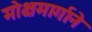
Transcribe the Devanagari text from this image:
मोक्षमार्गाने